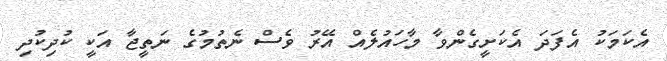
އެކަމަކު އެފަދަ އެކަށީގެންވާ މާހަައުލެއް އޭރު ވެސް ނެތުމުގެ ނަތީޖާ އަކީ ކުދިކުދި